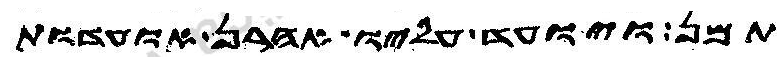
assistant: תמן ויועד עליו אהרן אועדות